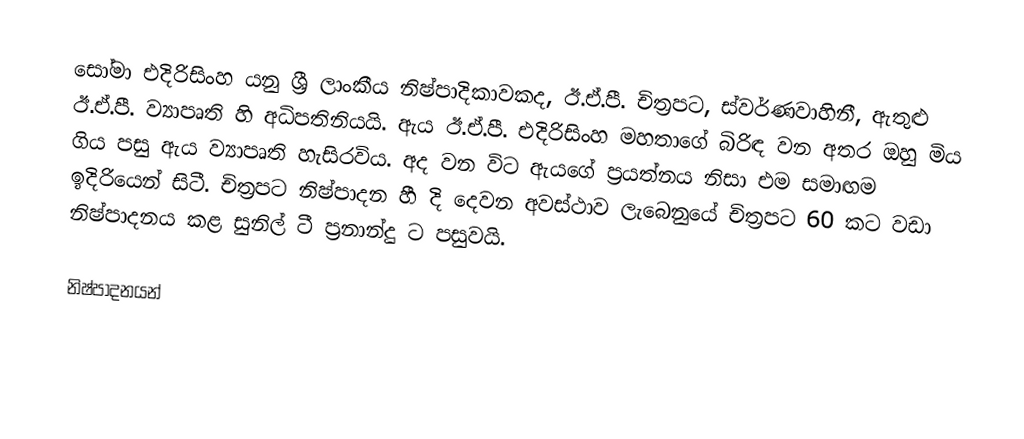
සෝමා එදිරිසිංහ යනු ශ්‍රී ලාංකීය නිෂ්පාදිකාවකද, ඊ.ඒ.පී. චිත්‍රපට, ස්වර්ණවාහිනී,  ඇතුළු ඊ.ඒ.පී. ව්‍යාපෘති හි අධිපතිනියයි. ඇය ඊ.ඒ.පී. එදිරිසිංහ මහතාගේ බිරිඳ වන අතර ඔහු මිය ගිය පසු ඇය ව්‍යාපෘති හැසිරවිය. අද වන විට ඇයගේ ප්‍රයත්නය නිසා එම සමාඟම ඉදිරියෙන් සිටී. චිත්‍රපට නිෂ්පාදන හී දි දෙවන අවස්ථාව ලැබෙනුයේ චිත්‍රපට 60 කට වඩා නිෂ්පාදනය කළ සුනිල් ටී ප්‍රනාන්දු ට පසුවයි.

නිෂ්පාදනයන්